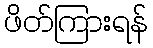
ဖိတ်ကြားရန်